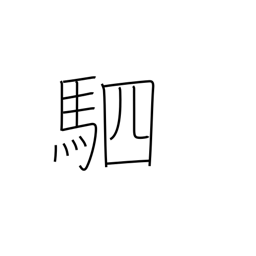
Meaning: four horses